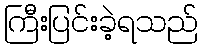
ကြီးပြင်းခဲ့ရသည်